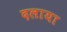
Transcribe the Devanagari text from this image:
दलाया